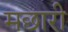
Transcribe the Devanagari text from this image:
मछारी